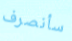
سأنصرف